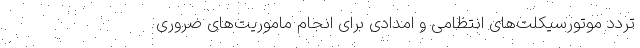
تردد موتورسیکلت‌های انتظامی و امدادی برای انجام ماموریت‌های ضروری